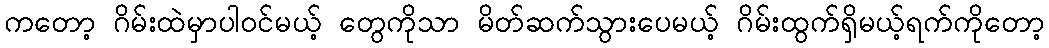
ကတော့ ဂိမ်းထဲမှာပါဝင်မယ့် တွေကိုသာ မိတ်ဆက်သွားပေမယ့် ဂိမ်းထွက်ရှိမယ့်ရက်ကိုတော့